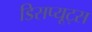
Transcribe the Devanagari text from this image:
डिसप्यूट्स